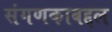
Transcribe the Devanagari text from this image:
संगणकाबद्दल